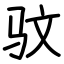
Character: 𫘜